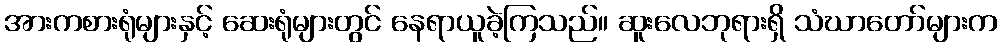
အားကစားရုံများနှင့် ဆေးရုံများတွင် နေရာယူခဲ့ကြသည်။ ဆူးလေဘုရားရှိ သံဃာတော်များက